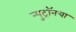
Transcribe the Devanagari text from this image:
न्युट्रॉनचा